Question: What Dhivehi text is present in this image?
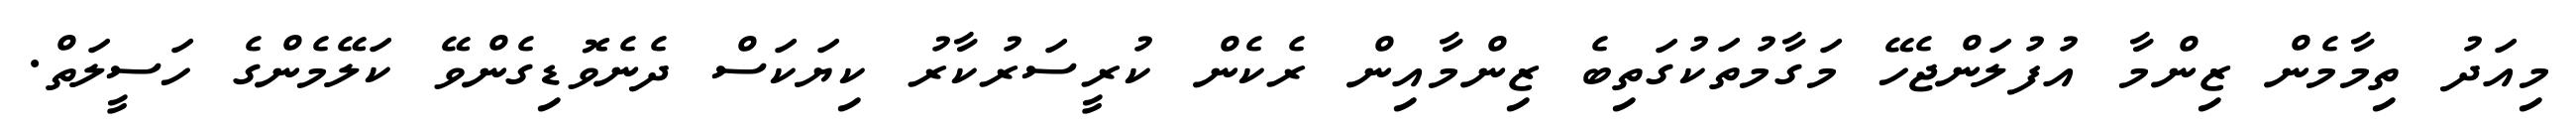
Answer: މިއަދު ތިމާމެން ޒިންމާ އުފުލަންޖެހޭ މަގާމުތަކުގަތިބެ ޒިންމާއިން ރެކެން ކުރީސަރުކާރު ކިޔަކަސް ދެނެވޮޑިގެންވޭ ކަލޭމެންގެ ހަސީލަތް.